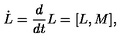
\dot { L } = { \frac { d } { d t } } L = [ L , M ] ,